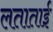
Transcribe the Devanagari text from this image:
लताताई